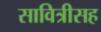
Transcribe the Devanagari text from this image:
सावित्रीसह